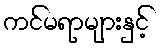
ကင်မရာများနှင့်